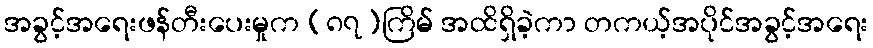
အခွင့်အရေးဖန်တီးပေးမှုက (၈၇)ကြိမ် အထိရှိခဲ့ကာ တကယ့်အပိုင်အခွင့်အရေး